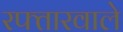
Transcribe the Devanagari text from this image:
रफ्तारवाले